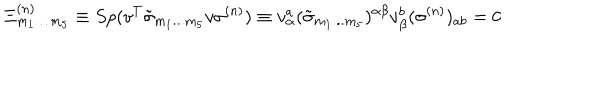
\Xi _ { { m } _ { { 1 } } \ldots { m } _ { { 5 } } } ^ { { ( n ) } } \equiv S p ( v ^ { { T } } \tilde { \sigma } _ { { m } _ { { 1 } } { \bf . . . } { m } _ { { 5 } } } v \sigma ^ { { ( n ) } } ) \equiv v _ { \alpha } ^ { { a } } ( \tilde { \sigma } _ { { m } _ { { 1 } } { \bf . . . } { m } _ { { 5 } } } ) ^ { \alpha \beta } v _ { \beta } ^ { { b } } ( \sigma ^ { { ( n ) } } ) _ { { a b } } = 0